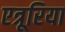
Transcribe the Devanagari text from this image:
एत्रूरिया